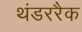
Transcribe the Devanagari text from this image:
थंडररैक